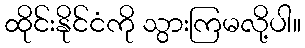
ထိုင်းနိုင်ငံကို သွားကြမလို့ပါ။